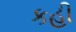
કહી